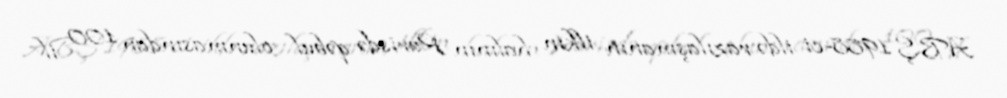
ABŞ 1988-ci ildə razılaşmanın ilkin halının Parisdə qəbul olunmasından 100 il